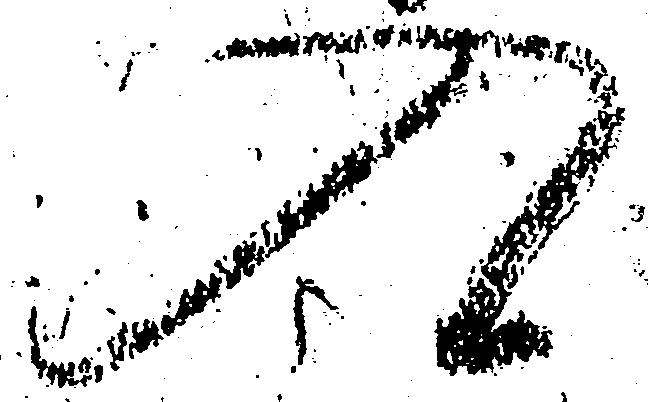
入